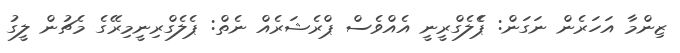
ޒިންމާ އަހަރެން ނަގަން: ޕެެލެގްރީނީ އެެއްވެސް ޕްރެޝަރެއް ނެތް: ޕެލެގްރިނީމިރޭގެ މެޗުން ލީގު